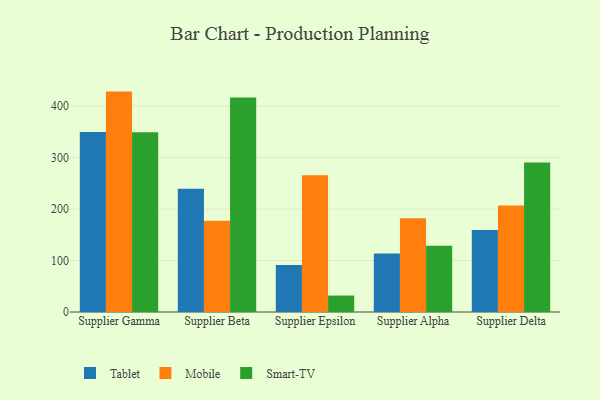
{"axis": {"x": "Supplier", "y": "Operating Costs (USD K)"}, "legend": ["Mobile", "Smart-TV", "Tablet"], "data": [{"x": "Supplier Gamma", "y": 349.7, "type": "Tablet"}, {"x": "Supplier Gamma", "y": 428.1, "type": "Mobile"}, {"x": "Supplier Gamma", "y": 349.0, "type": "Smart-TV"}, {"x": "Supplier Beta", "y": 239.3, "type": "Tablet"}, {"x": "Supplier Beta", "y": 177.3, "type": "Mobile"}, {"x": "Supplier Beta", "y": 416.4, "type": "Smart-TV"}, {"x": "Supplier Epsilon", "y": 91.4, "type": "Tablet"}, {"x": "Supplier Epsilon", "y": 265.7, "type": "Mobile"}, {"x": "Supplier Epsilon", "y": 31.9, "type": "Smart-TV"}, {"x": "Supplier Alpha", "y": 113.5, "type": "Tablet"}, {"x": "Supplier Alpha", "y": 182.2, "type": "Mobile"}, {"x": "Supplier Alpha", "y": 128.7, "type": "Smart-TV"}, {"x": "Supplier Delta", "y": 159.5, "type": "Tablet"}, {"x": "Supplier Delta", "y": 207.1, "type": "Mobile"}, {"x": "Supplier Delta", "y": 290.6, "type": "Smart-TV"}]}